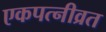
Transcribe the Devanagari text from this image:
एकपत्‍नीव्रत